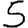
Digit: 5